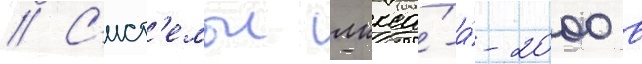
// С'ист'емои лккса́-а́-2000 в